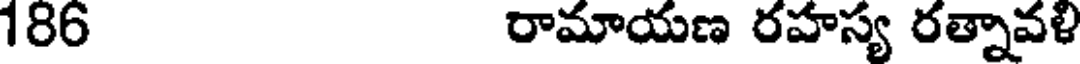
186 రామాయణ రహస్య రత్నావళి